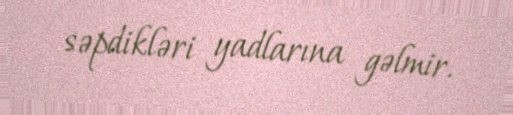
səpdikləri yadlarına gəlmir.